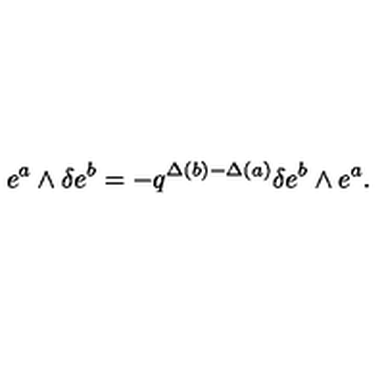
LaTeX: e ^ { a } \wedge \delta e ^ { b } = - q ^ { \Delta ( b ) - \Delta ( a ) } \delta e ^ { b } \wedge e ^ { a } .